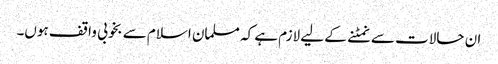
ان حالات سے نمٹنے کے لیے لازم ہے کہ مسلمان اسلام سے بخوبی واقف ہوں۔